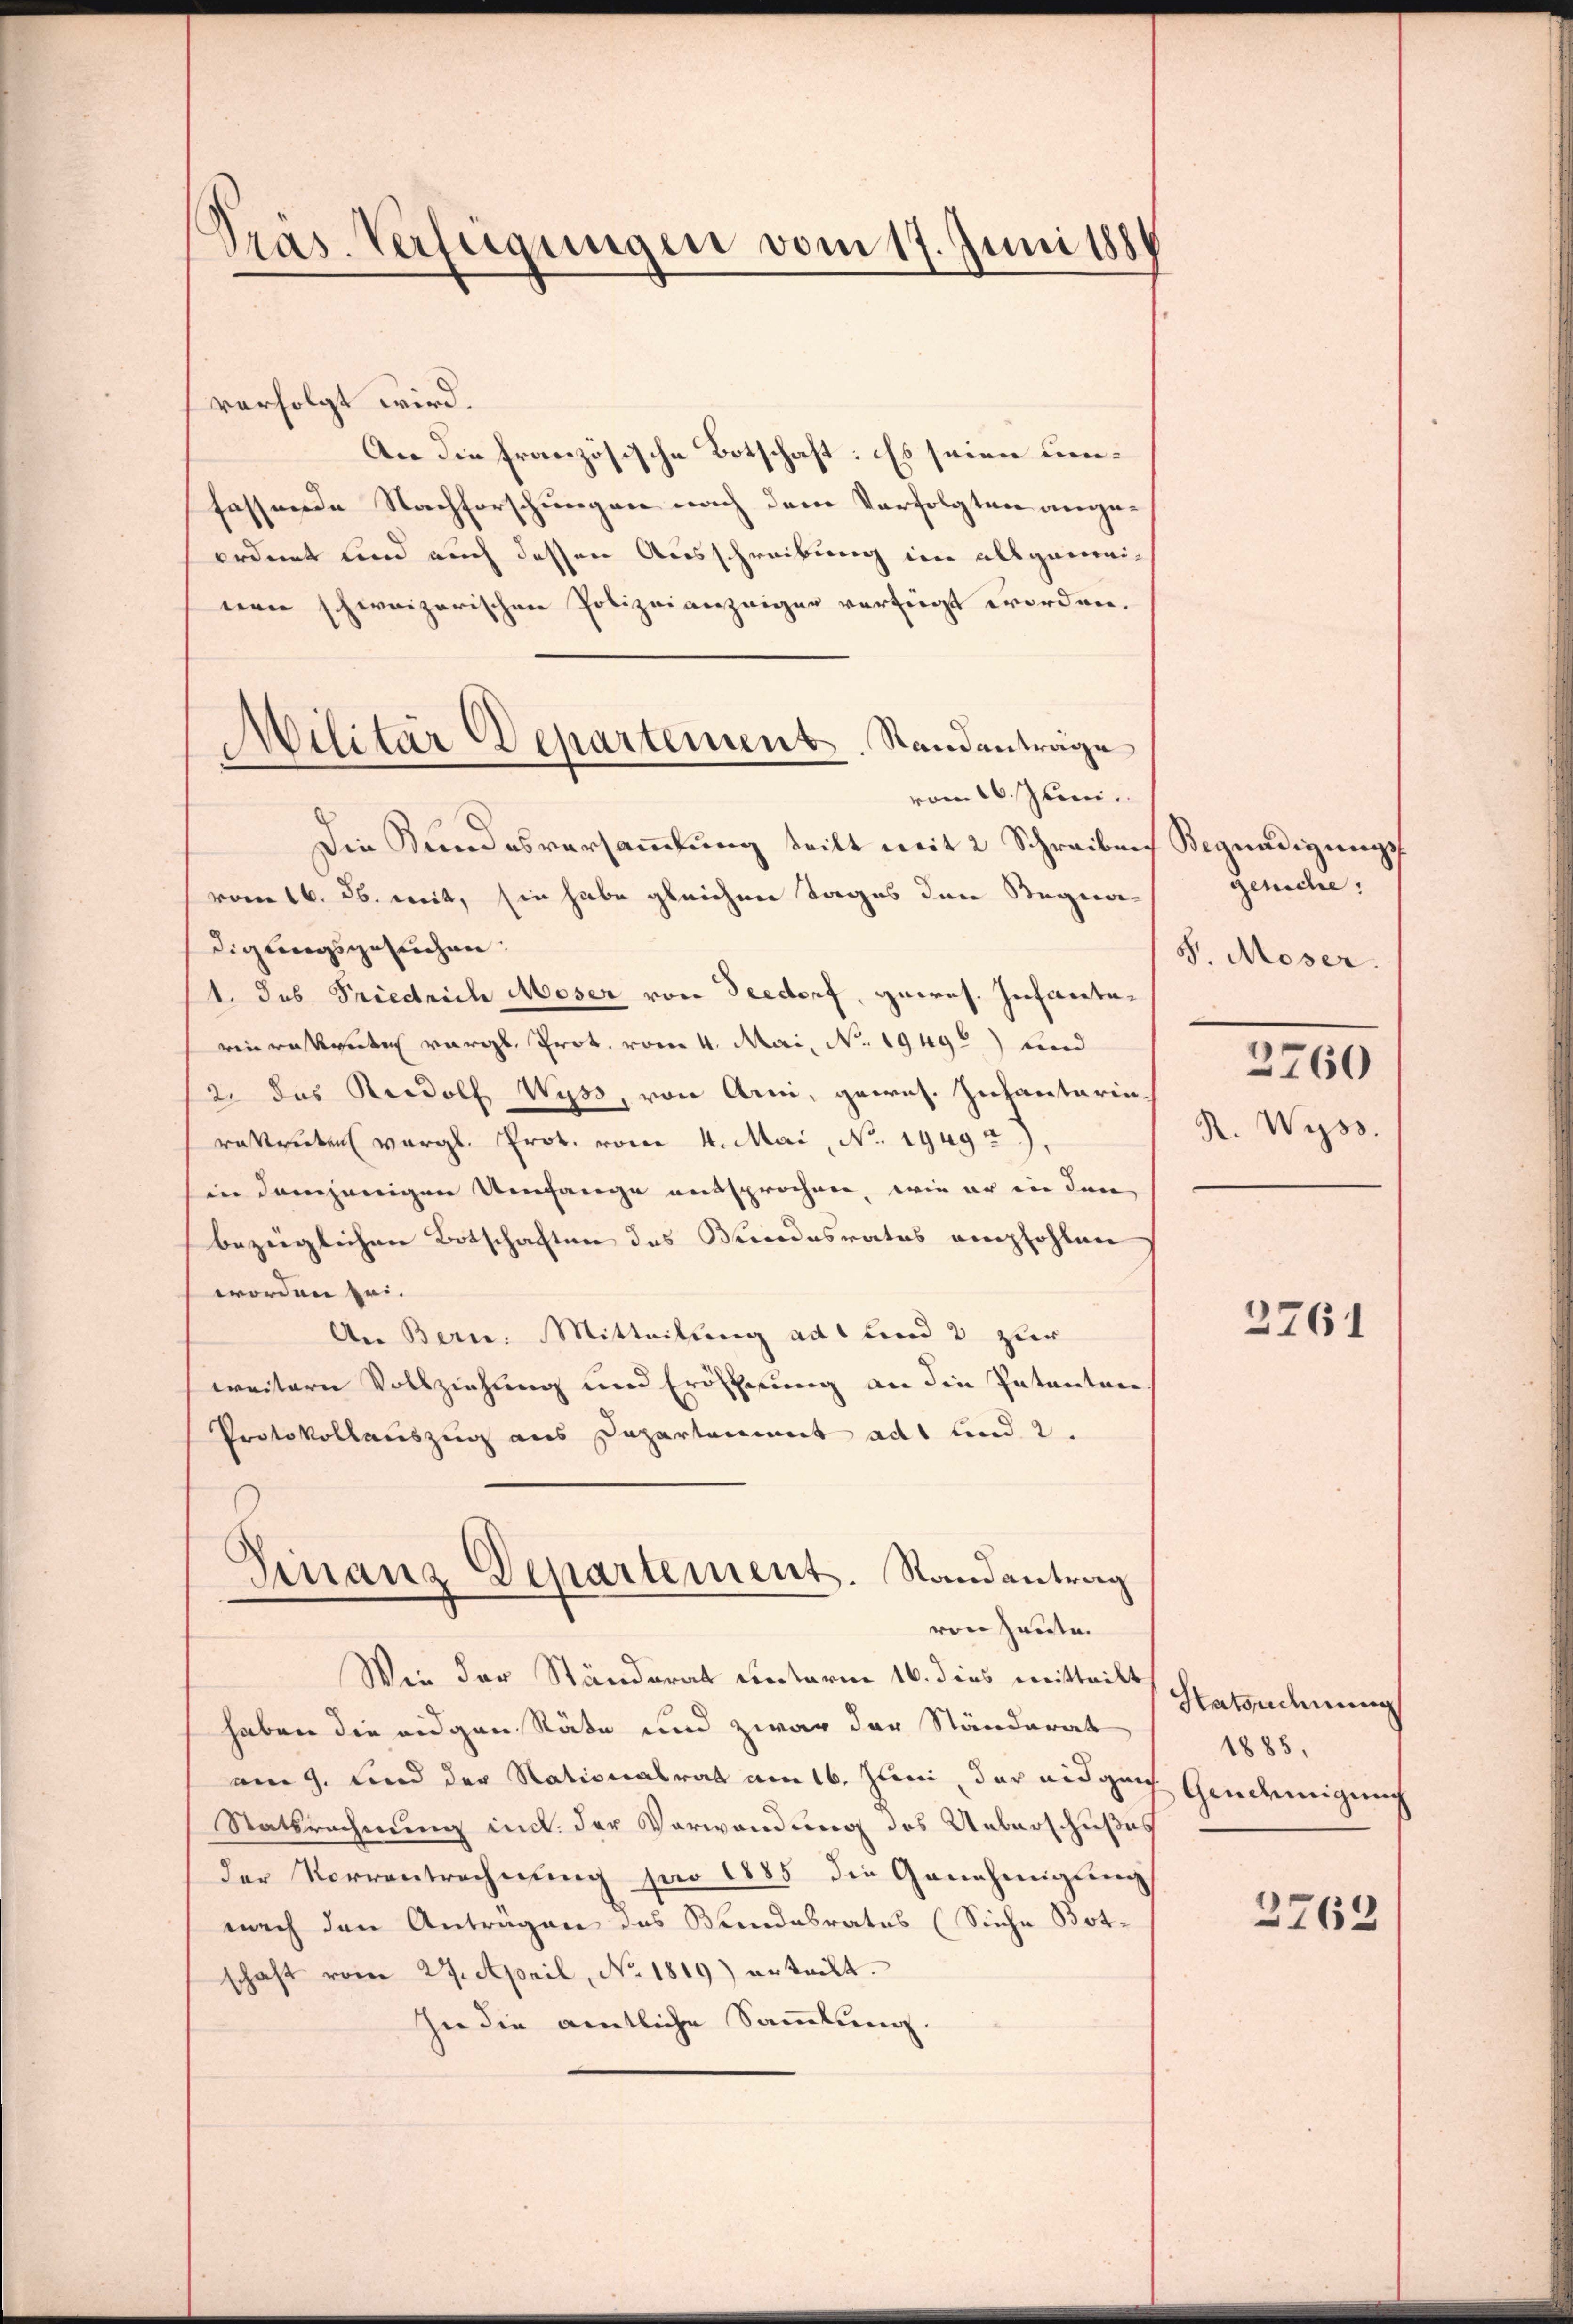
Pras. Verfügungen vom 17. Juni 188

verfolgt wird.
An die französische Botschaft: Es seien unfassende Nachforschungen nach dem Verfolgten angeordnet und auch dessen Ausschreibung im allgemeinen schweizerischen Polizeianzeiger verfügt worden.
vom 16. Juni.
Die Kundesversammlung teilt mit 2 Schreiben Begnadigungsvom 16. ds. mit, sie habe gleichen Tages den Stegnadigungsgesuchen.
1. Das Friedrich Moser von Seedorf, gewes. Infantarinrakanten vergl. Prot. vom 4. Mai, No. 19492) und
2. das Rudolf Wyss, von Ami, gewes. Infanterinrekruten vergl. Prot. vom 4. Mai, No. 1949
in demjenigen Umfange entsprochen, wie er in den
bezeiglichen Botschaften das Brendesrates empfohlen
worden sei.
An Bern. Mitteilung ad und 3 zur
weitern Vollziehung und Eröscherung an die Patenten.
Protokollauszug aus Departement ad und 2.
Finanz Departement. Randantrag
von heute.
Wie der Ständerat unterm 16. dies mitteilt Herrechnung
haben die eidgen Räte und zwar der Ständerat
am 9. Lind der Nationalrat am 16. Juni, der eidgen
Sathrechnung und der Verwendung des Ueberschußes
der Vorrentrechnung pro 1885 die Genehmigung
nach den Anträgen des Bundesrates (Siehe Botschaft vom 27. April, No. 1819 erteilt.
In die amtliche Sammlung.

Militär Departement. Standenträge

gesiche:
S. Moser.
3760
R. Wyss.

3761

1885,
Gindemigung

2762